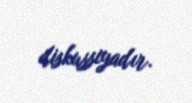
diskussiyadır.